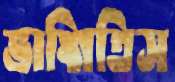
ভাঙ্গিতিস